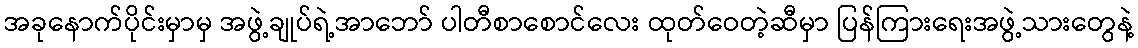
အခုနောက်ပိုင်းမှာမှ အဖွဲ့ချုပ်ရဲ့အာဘော် ပါတီစာစောင်လေး ထုတ်ဝေတဲ့ဆီမှာ ပြန်ကြားရေးအဖွဲ့သားတွေနဲ့